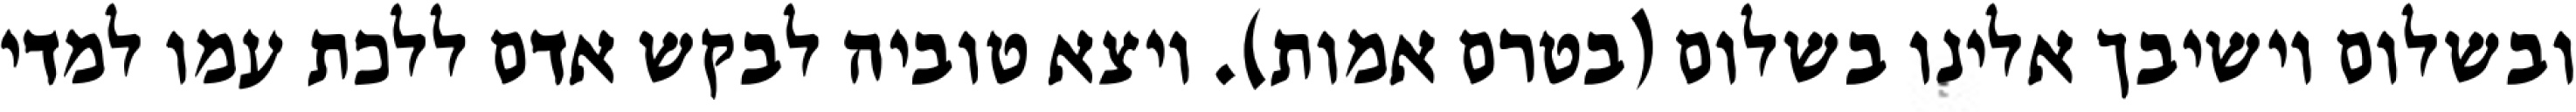
ובשלום וישיבך אלינו בשלום (בטרם אמות). ויצא טוביה לבקש אדם ללכת עמו למדי